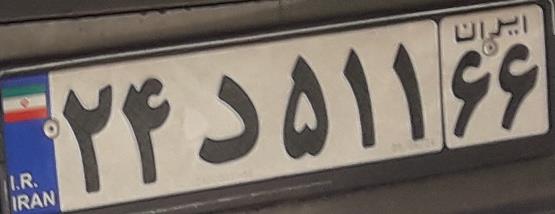
۲۴د۵۱۱۶۶